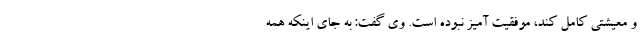
و معیشتی کامل کند، موفقیت آمیز نبوده است. وی گفت: به جای اینکه همه